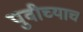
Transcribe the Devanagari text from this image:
पुवीच्याच